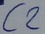
Text: C2